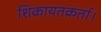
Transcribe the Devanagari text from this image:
शिकायतकर्ता।